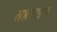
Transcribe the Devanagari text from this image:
तहराइन